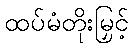
ထပ်မံတိုးမြှင့်